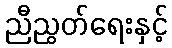
ညီညွတ်ရေးနှင့်